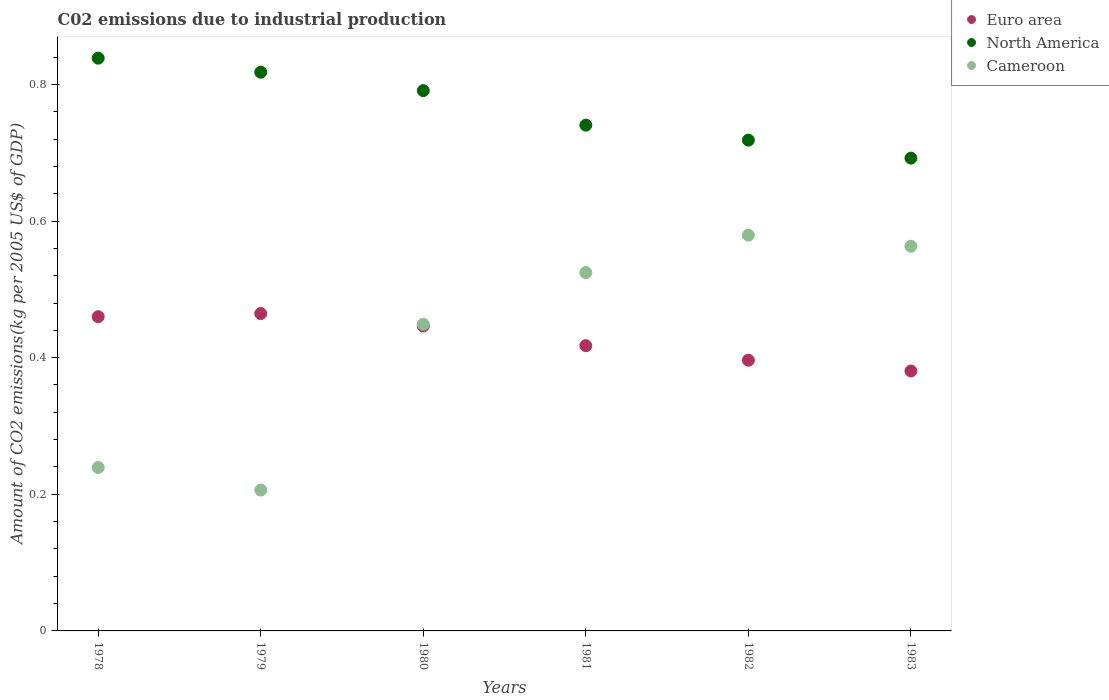
| Years | Euro area | North America | Cameroon |
 | --- | --- | --- | --- |
 | 1978 | 0.46 | 0.838 | 0.239 |
 | 1979 | 0.465 | 0.818 | 0.206 |
 | 1980 | 0.446 | 0.791 | 0.449 |
 | 1981 | 0.418 | 0.74 | 0.525 |
 | 1982 | 0.396 | 0.718 | 0.579 |
 | 1983 | 0.38 | 0.692 | 0.563 |